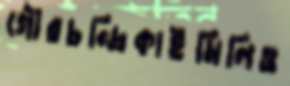
গৌরচন্দ্রিকাইমিলিও